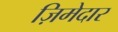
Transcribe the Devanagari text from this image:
ज़िमेदार